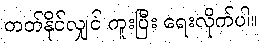
တတ်နိုင်လျှင် ကူးပြီး ရေးလိုက်ပါ။